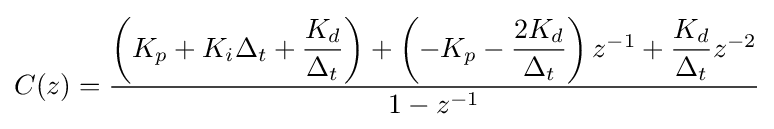
C(z)={\frac {\left(K_{p}+K_{i}\Delta _{t}+{\dfrac {K_{d}}{\Delta _{t}}}\right)+\left(-K_{p}-{\dfrac {2K_{d}}{\Delta _{t}}}\right)z^{-1}+{\dfrac {K_{d}}{\Delta _{t}}}z^{-2}}{1-z^{-1}}}